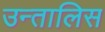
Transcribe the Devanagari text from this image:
उन्तालिस